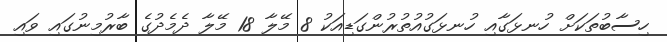
ހިސާބުތަކަށް ހުނޅަގާއި ހުނޅަގުއުތުރުންގަޑިއަކު 8 މޭލާ 18 މޭލާ ދެމެދުގެ ބާރުމިނުގައި ވައި